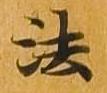
法